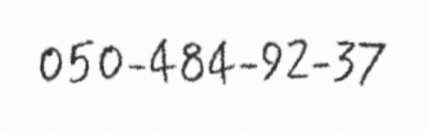
050-484-92-37